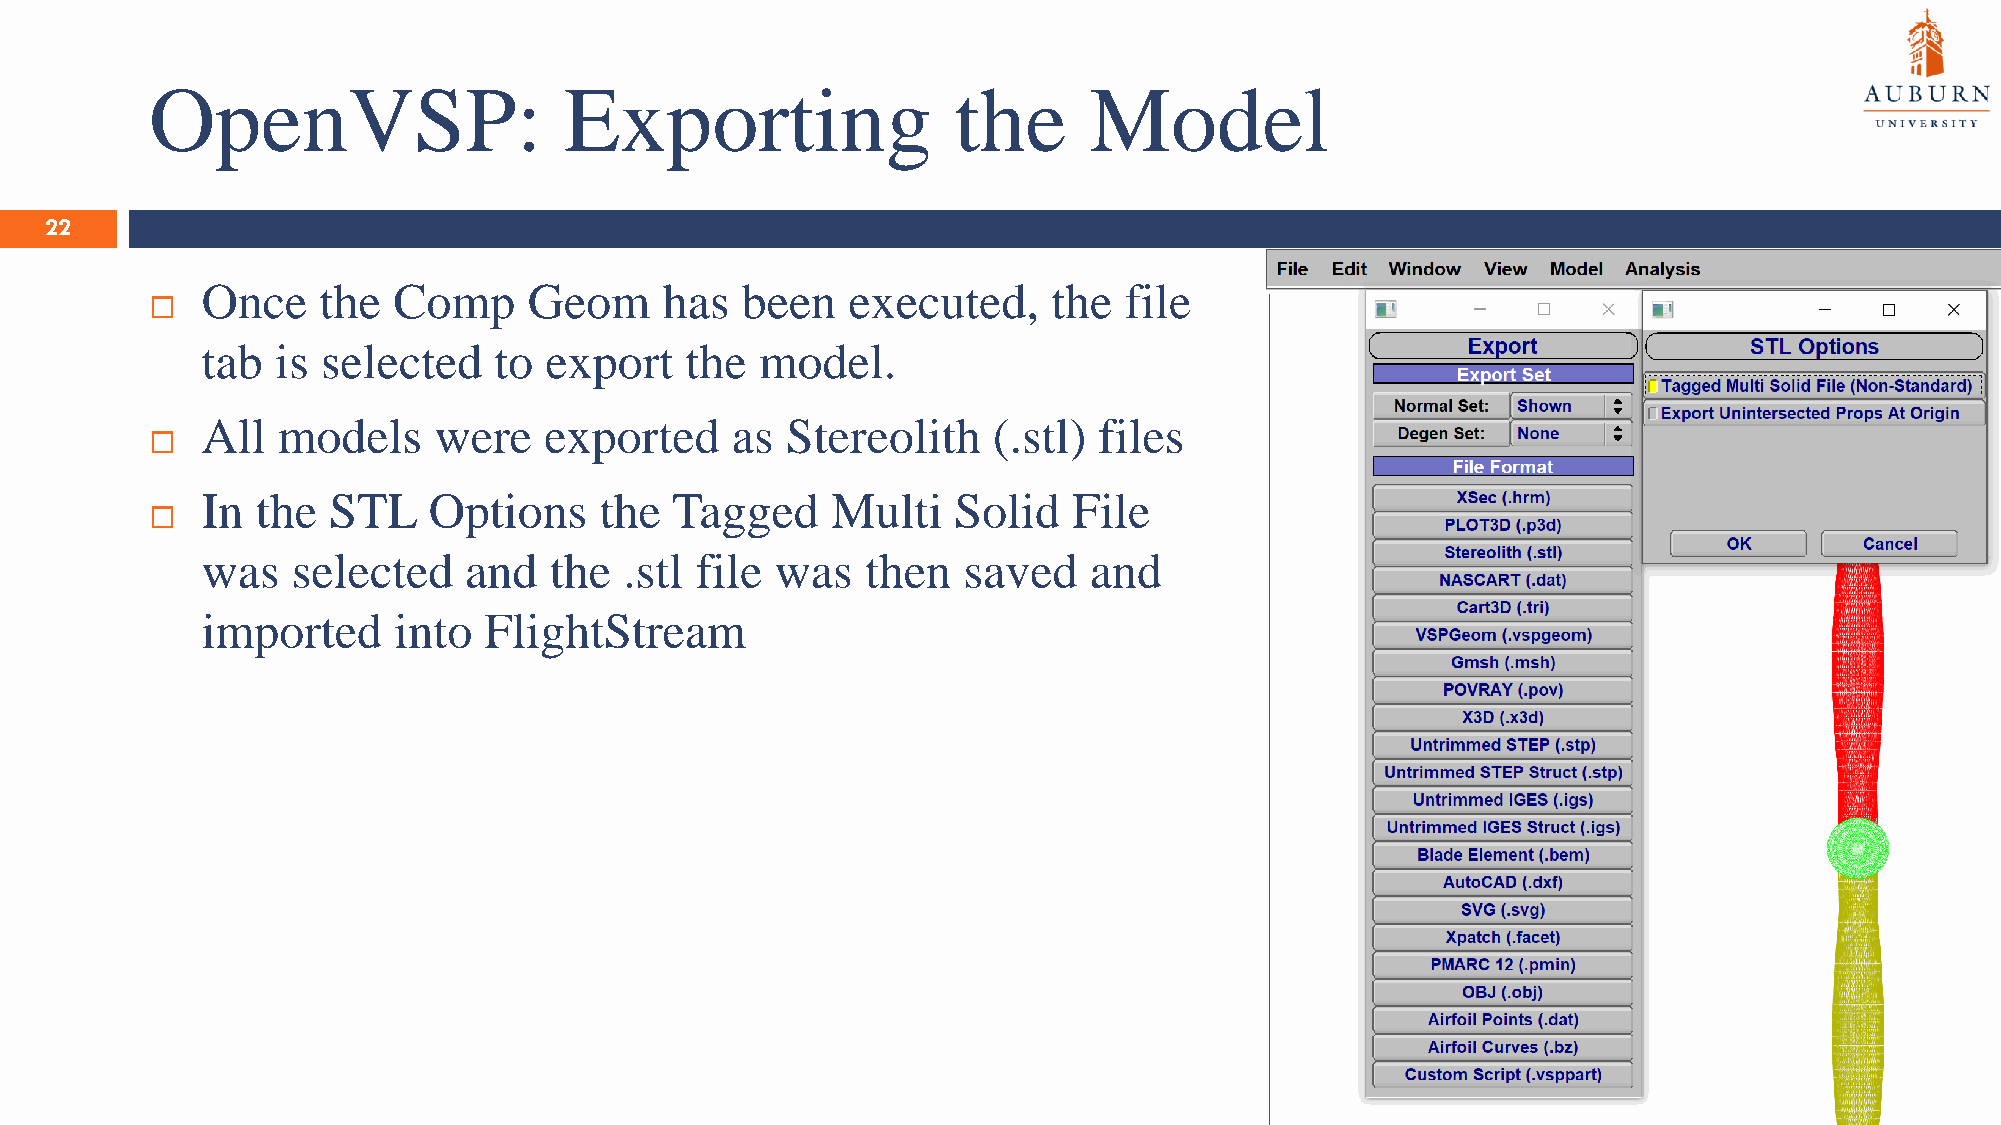
OpenVSP:                   Exporting                 the      Model
 22
 Once    the  Comp     Geom     has  been   executed,     the file
 
 tab  is selected    to export   the  model.
 All  models     were   exported    as  Stereolith    (.stl) files
 
 In  the  STL   Options     the Tagged     Multi   Solid   File
 
 was   selected    and  the  .stl file was   then   saved   and
 imported     into  FlightStream